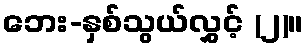
ဘေး-နှစ်သွယ်လွှင့် (၂)။